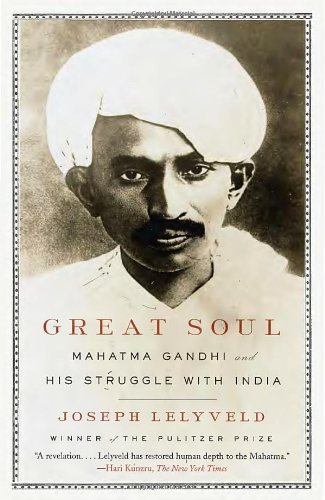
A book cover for Great Soul: Mahatma Gandhi and His Struggle with India; Joseph Lelyveld; Biographies & Memoirs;